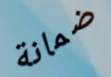
ضمانة